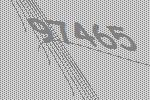
97465